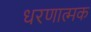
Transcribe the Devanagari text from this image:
धरणात्मक